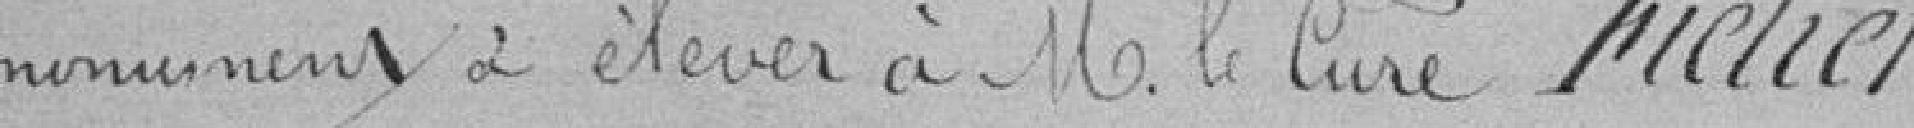
monument à élever à Monsieur le Curé Fiétier